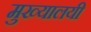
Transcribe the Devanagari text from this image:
मुख्यालयी